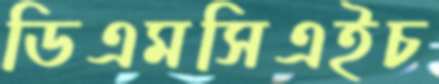
ডিএমসিএইচ